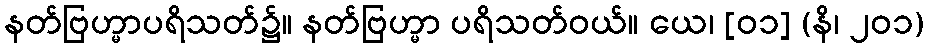
နတ်ဗြဟ္မာပရိသတ်၌။ နတ်ဗြဟ္မာ ပရိသတ်ဝယ်။ ယေ၊ [၀၁] (နိ၊ ၂၀၁)